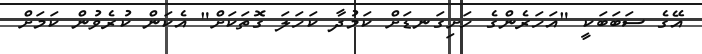
އޭގެ ސަބަބަކީ "އަހަރެންގެ ހަށިގަނޑަށް ކަމުދާ ކަހަލަ ގޮތަކަށް" އެކަން ކުރެވުން ކަމަށް